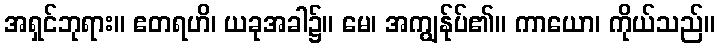
အရှင်ဘုရား။ ဧတရဟိ၊ ယခုအခါ၌။ မေ၊ အကျွန်ုပ်၏။ ကာယော၊ ကိုယ်သည်။